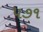
૫૭૧